Annual report on the mental hospital in the Central Provinces and Berar (Nagpur) - 1927-1951
Year: 1927
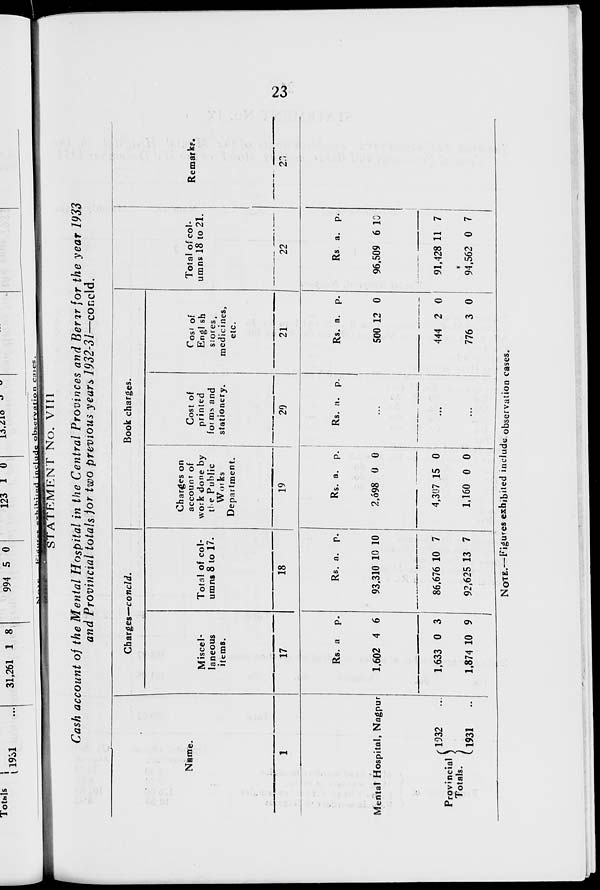
23
STATEMENT No. VIII
Cash account of the Mental Hospital in the Central Provinces and Berar for the year 1933
and Provincial totals for two previous years 1932-31—concld.
Name.
1
Mental Hospital, Nagpur
Provincial
Totals.
1932 ...
1931 ...
Charges—concld.
Miscel-
laneous
items.
17
Rs.
1,602
1,633
1,874
a
4
0
10
p.
6
3
9
Total of col-
umns 8 to 17.
18
Rs.
93,310
86,676
92,625
a.
10
10
13
p.
10
7
7
Book charges.
Charges on
account of
work done by
the Public
Works
Department.
19
Rs.
2,698
4,307
1,160
a.
0
15
0
p.
0
0
0
Cost of
printed
forms and
stationery.
20
Rs. a. p.
...
...
...
Cost of
English
stores,
medicines,
etc.
21
Rs.
500
444
776
a.
12
2
3
p.
0
0
0
Total of col-
umns 18 to 21.
22
Rs.
96,509
91,428
94,562
a.
6
11
0
p.
10
7
7
Remarks.
23
NOTE.—Figures exhibited include observation cases.